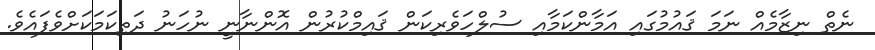
ނެތް ނިޒާމެއް ނަމަ ޤައުމުގައި އަމާންކަމާއި ސުލްހަވެރިކަން ޤައިމްކުރުން އޮންނާނީ ނުހަނު ދަތިކަމަކަށްވެފައެވެ.